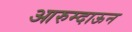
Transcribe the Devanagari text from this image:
आरुम्दाऊन